Source: Computer-generated
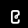
Digit: ၉ (9)